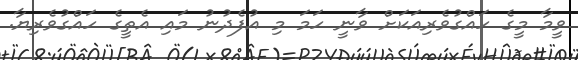
ވީމާ މީގެ ހައްގުވެރިއަކަށް ވާނީ ހަމަ މި އުފެދުނު މައި އެތީގެ ހައްގުވެރިޔާ.